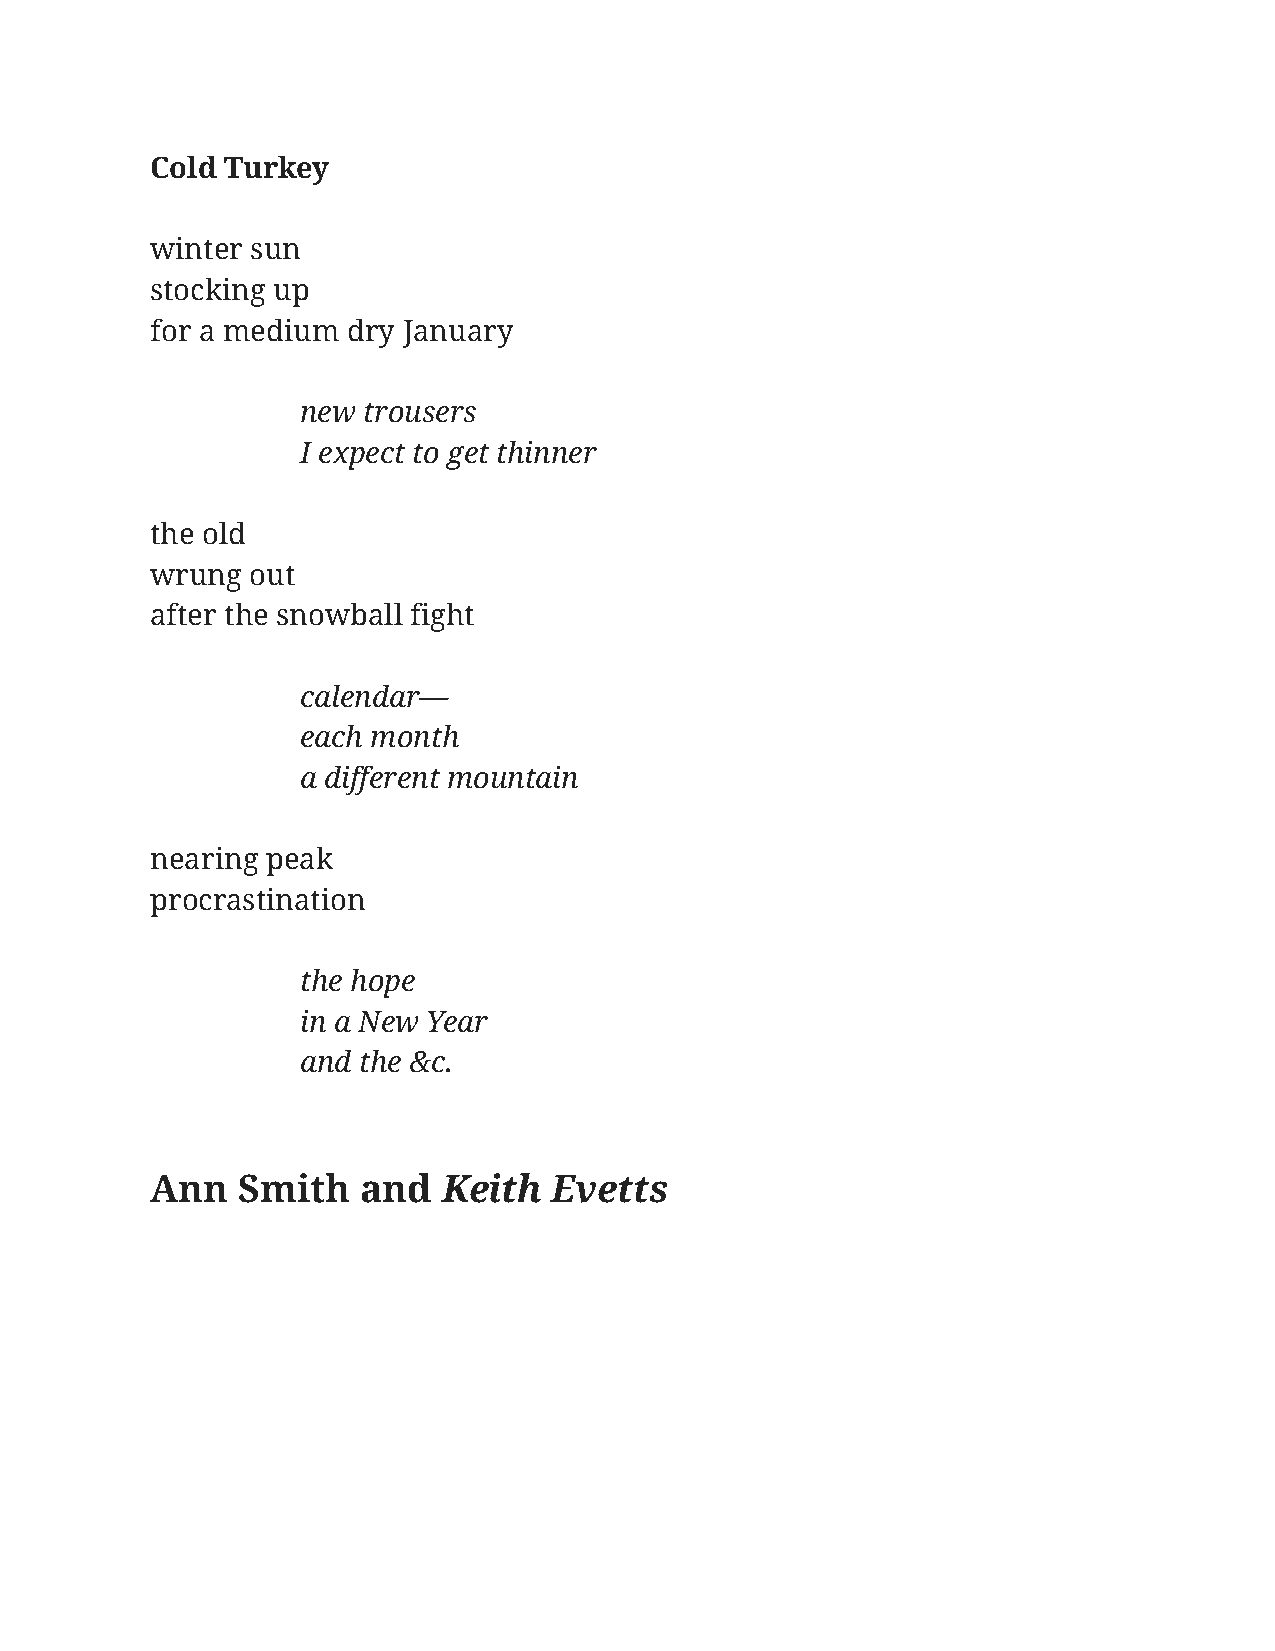
Cold Turkey
 winter sun
 stocking up
 for a medium dry January
 new trousers
 I expect to get thinner
 the old
 wrung  out
 after the snowball fight
 calendar—
 each month
 a different mountain
 nearing peak
 procrastination
 the hope
 in a New Year
 and the &c.
 Ann   Smith   and  Keith   Evetts